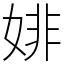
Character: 婔